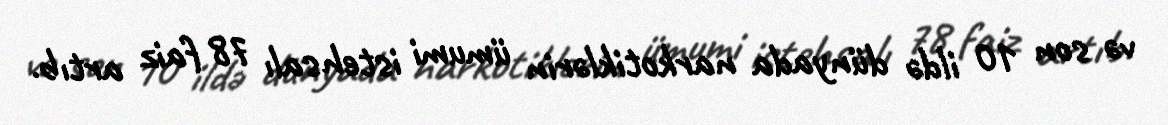
və son 10 ildə dünyada narkotiklərin ümumi istehsalı 78 faiz artıb.